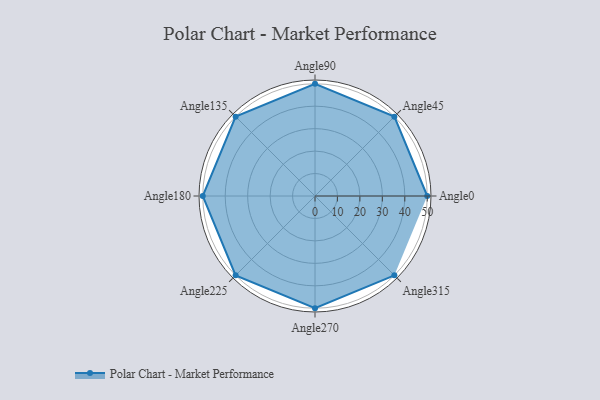
{"axis": {"x": "Angle", "y": "Radius"}, "legend": [""], "data": [{"x": "Angle0", "y": 50, "type": ""}, {"x": "Angle45", "y": 50, "type": ""}, {"x": "Angle90", "y": 50, "type": ""}, {"x": "Angle135", "y": 50, "type": ""}, {"x": "Angle180", "y": 50, "type": ""}, {"x": "Angle225", "y": 50, "type": ""}, {"x": "Angle270", "y": 50, "type": ""}, {"x": "Angle315", "y": 50, "type": ""}]}